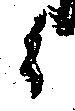
候